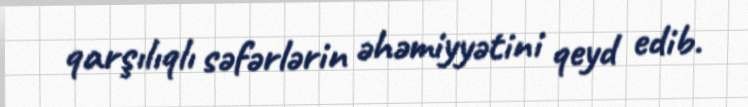
qarşılıqlı səfərlərin əhəmiyyətini qeyd edib.